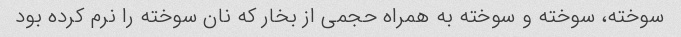
سوخته، سوخته و سوخته به همراه حجمی از بخار که نان سوخته را نرم کرده بود